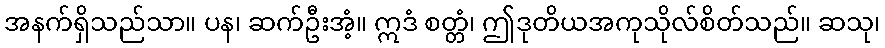
အနက်ရှိသည်သာ။ ပန၊ ဆက်ဦးအံ့။ ဣဒံ စတ္တံ၊ ဤဒုတိယအကုသိုလ်စိတ်သည်။ ဆသု၊